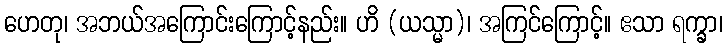
ဟေတု၊ အဘယ်အကြောင်းကြောင့်နည်း။ ဟိ (ယသ္မာ)၊ အကြင်ကြောင့်။ ဧသာ ရက္ခာ၊